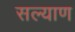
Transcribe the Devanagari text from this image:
सल्याण